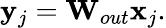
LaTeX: \mathbf{y}_{j}=\mathbf{W}_{out}\mathbf{x}_{j}.